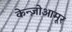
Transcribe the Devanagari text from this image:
केन्ज़ोआमूर